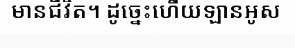
មានជីវិត។ ដូច្នេះហើយឡានអូស